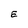
Character: E